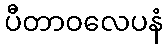
ပီတာဝလေပနံ